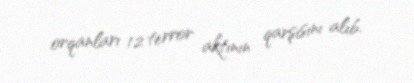
orqanları 12 terror aktının qarşısını alıb.